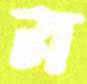
ম